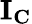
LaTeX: \mathbf{I_{C}}